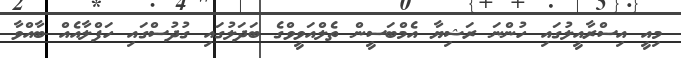
މިއީ އިސްރާއީލުގައި ހުންނަ ރަޝިޔާ އެމްބަސީން ތެލްއަވީވްގެ ބަދަލުގައި ގުދުސްގައި ހަފްލާއެއް ބާއްވާ